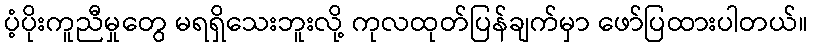
ပံ့ပိုးကူညီမှုတွေ မရရှိသေးဘူးလို့ ကုလထုတ်ပြန်ချက်မှာ ဖော်ပြထားပါတယ်။